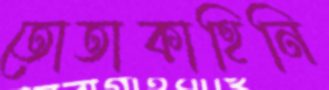
তোতাকাহিনি